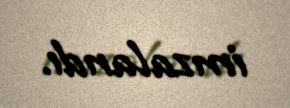
imzalandı.